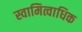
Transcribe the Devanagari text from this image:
स्वामित्वाधिक